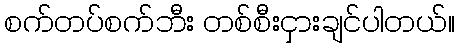
စက်တပ်စက်ဘီး တစ်စီးငှားချင်ပါတယ်။